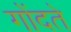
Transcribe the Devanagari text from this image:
गोंदते